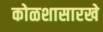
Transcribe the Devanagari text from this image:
कोळशासारखे